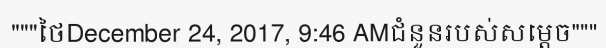
"""ថៃDecember 24, 2017, 9:46 AMជំនួនរបស់សម្តេច"""